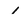
Character: 1